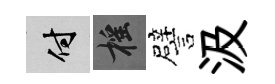
付摇譬汲